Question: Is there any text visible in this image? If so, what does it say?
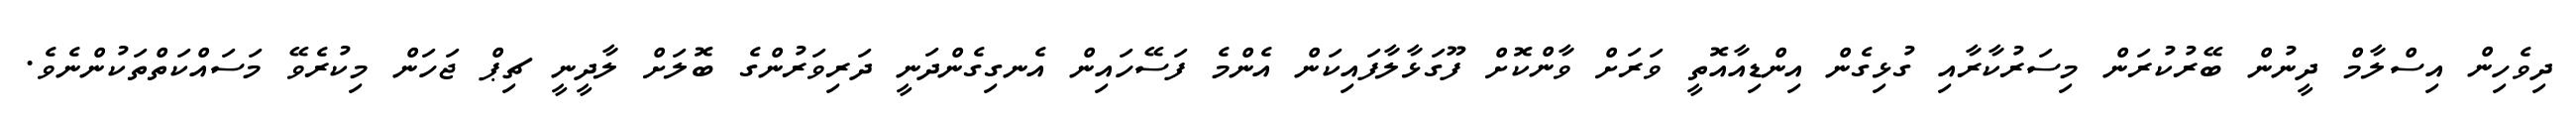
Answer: ދިވެހިން އިސްލާމް ދީނުން ބޭރުކުރަން މިސަރުކާރާއި ގުޅިގެން އިންޑިއާއޮތީ ވަރަށް ވާންކޮށް ފޫގަޅާލާފައިކަން އެންމެ ފަސޭހައިން އެނގިގެންދަނީ ދަރިވަރުންގެ ބޮލަށް ލާދީނީ ޗިޕް ޖަހަން މިކުރެވޭ މަސައްކަތްތަކުންނެވެ.